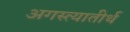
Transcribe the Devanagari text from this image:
अगस्त्यातीर्थ